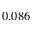
0 . 0 8 6